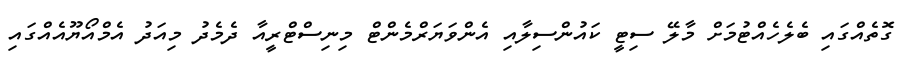
ގޮތެއްގައި ބެލެހެއްޓުމަށް މާލޭ ސިޓީ ކައުންސިލާއި އެންވަޔަރްމެންޓް މިނިސްޓްރީއާ ދެމެދު މިއަދު އެމްއޯޔޫއެއްގައި